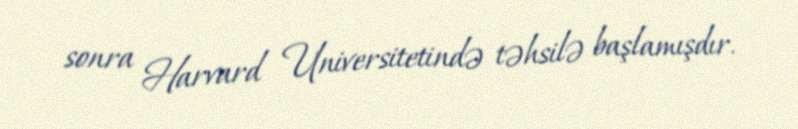
sonra Harvard Universitetində təhsilə başlamışdır.